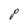
Character: P